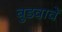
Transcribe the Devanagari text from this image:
बुडवावें